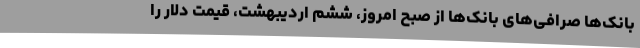
بانک‌ها صرافی‌های بانک‌ها از صبح امروز، ششم اردیبهشت، قیمت دلار را